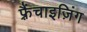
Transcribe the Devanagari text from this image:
फ़्रैंचाइज़िंग